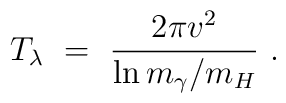
T_{\lambda}\ =\ \frac{2\pi v^2}{\ln m_\gamma/m_H}\ .